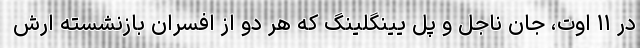
در ۱۱ اوت، جان ناجل و پل یینگلینگ که هر دو از افسران بازنشسته ارش